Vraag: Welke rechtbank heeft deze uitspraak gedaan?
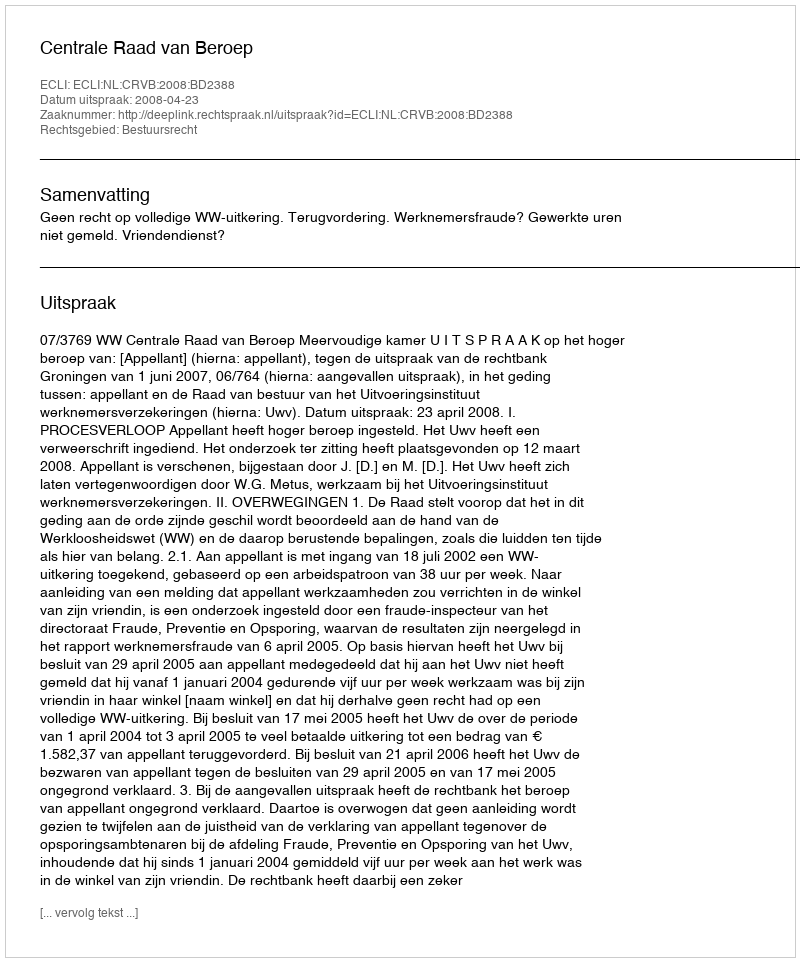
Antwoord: Centrale Raad van Beroep